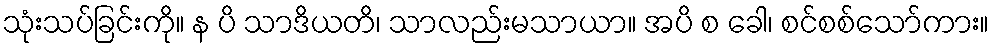
သုံးသပ်ခြင်းကို။ န ပိ သာဒိယတိ၊ သာလည်းမသာယာ။ အပိ စ ခေါ၊ စင်စစ်သော်ကား။